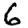
Digit: 6